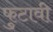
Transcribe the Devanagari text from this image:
फुटावी